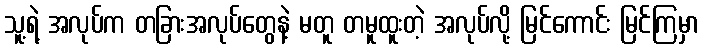
သူ့ရဲ့ အလုပ်က တခြားအလုပ်တွေနဲ့ မတူ တမူထူးတဲ့ အလုပ်လို့ မြင်ကောင်း မြင်ကြမှာ